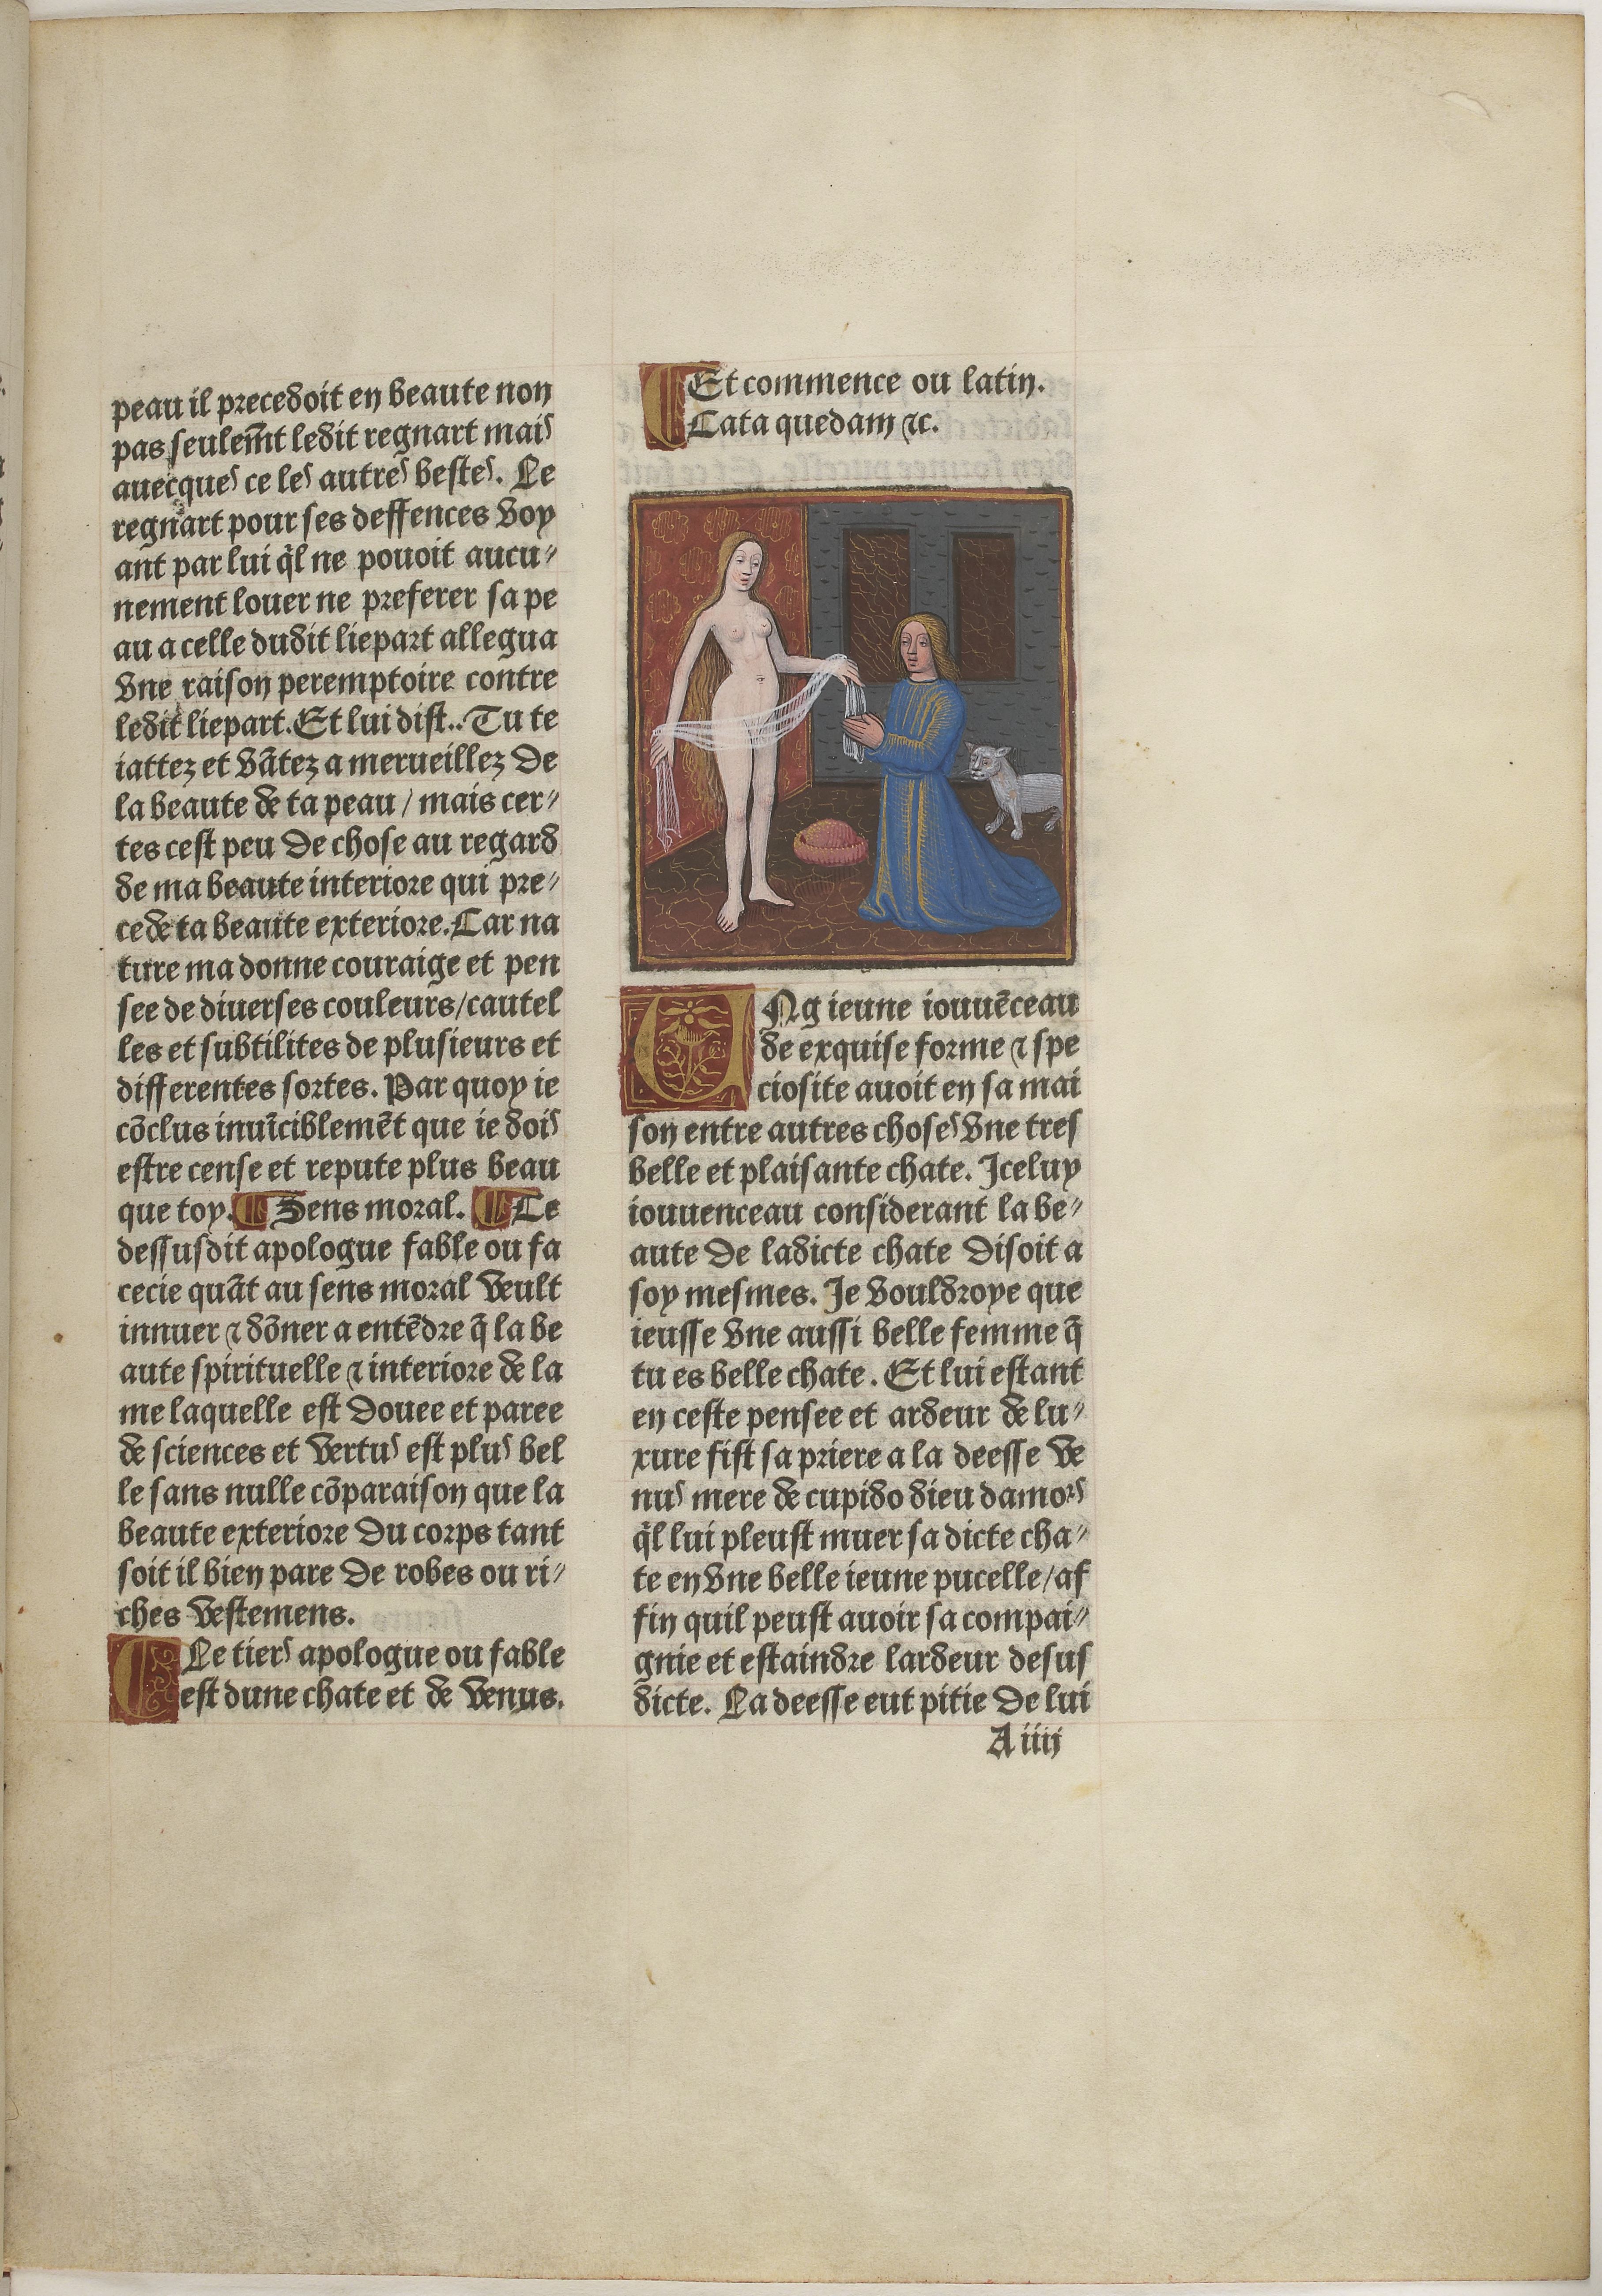
Shelfmark: Paris, BnF, Velins 611
Century: 15